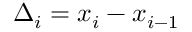
\Delta _ { i } = x _ { i } - x _ { i - 1 }